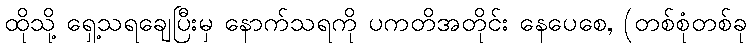
ထိုသို့ ရှေ့သရချေပြီးမှ နောက်သရကို ပကတိအတိုင်း နေပေစေ, (တစ်စုံတစ်ခု